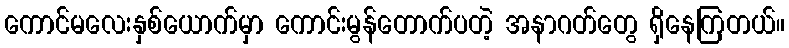
ကောင်မလေးနှစ်ယောက်မှာ ကောင်းမွန်တောက်ပတဲ့ အနာဂတ်တွေ ရှိနေကြတယ်။